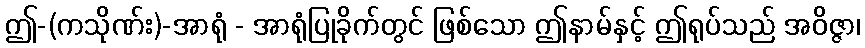
ဤ-(ကသိုဏ်း)-အာရုံ - အာရုံပြုခိုက်တွင် ဖြစ်သော ဤနာမ်နှင့် ဤရုပ်သည် အဝိဇ္ဇာ၊